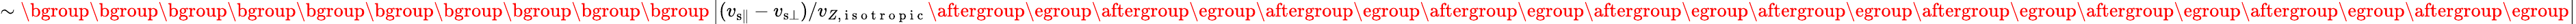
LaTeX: \sim\mathopen{}\mathclose\bgroup\mathopen{}\mathclose\bgroup\mathopen{}\mathclose\bgroup\mathopen{}\mathclose\bgroup\mathopen{}\mathclose\bgroup\mathopen{}\mathclose\bgroup\mathopen{}\mathclose\bgroup\mathopen{}\mathclose\bgroup\mathopen{}\mathclose\bgroup\mathopen{}\mathclose\bgroup\left|(v_{{\mathrm{s}}\parallel}-v_{{\mathrm{s}}\bot})/v_{Z,\mathrm{~i~s~o~t~r~o~p~i~c~}}\aftergroup\egroup\aftergroup\egroup\aftergroup\egroup\aftergroup\egroup\aftergroup\egroup\aftergroup\egroup\aftergroup\egroup\aftergroup\egroup\aftergroup\egroup\aftergroup\egroup\right|